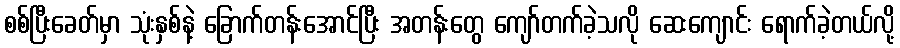
စစ်ပြီးခေတ်မှာ သုံးနှစ်နဲ့ ခြောက်တန်းအောင်ပြီး အတန်းတွေ ကျော်တက်ခဲ့သလို ဆေးကျောင်း ရောက်ခဲ့တယ်လို့